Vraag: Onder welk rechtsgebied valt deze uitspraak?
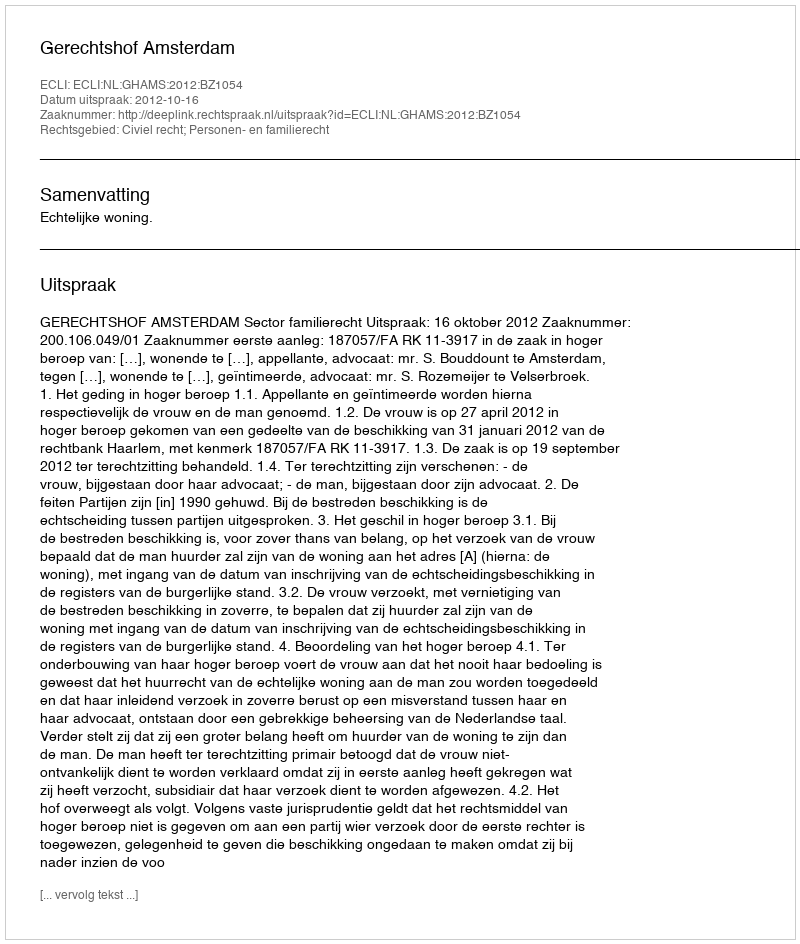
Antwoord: Civiel recht; Personen- en familierecht